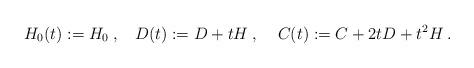
LaTeX: \begin{align*}H_0(t) := H_0\:,\:\:\:\:D(t) := D + tH\:, \:\:\:\:\:C(t) := C + 2t D + t^2 H \:.\end{align*}